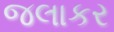
જલાકર